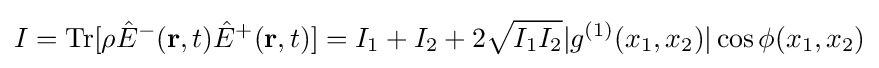
I=\mathrm {Tr} [\rho {\hat {E}}^{-}(\mathbf {r} ,t){\hat {E}}^{+}(\mathbf {r} ,t)]=I_{1}+I_{2}+2{\sqrt {I_{1}I_{2}}}|g^{(1)}(x_{1},x_{2})|\cos \phi (x_{1},x_{2})